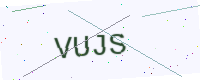
Text: VUJS